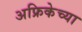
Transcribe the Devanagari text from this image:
अफ्रिकेच्या